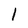
Character: 1